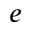
e